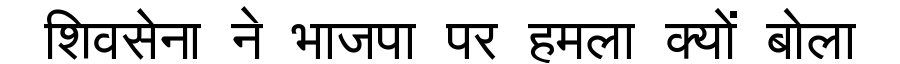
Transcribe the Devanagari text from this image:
शिवसेना ने भाजपा पर हमला क्यों बोला